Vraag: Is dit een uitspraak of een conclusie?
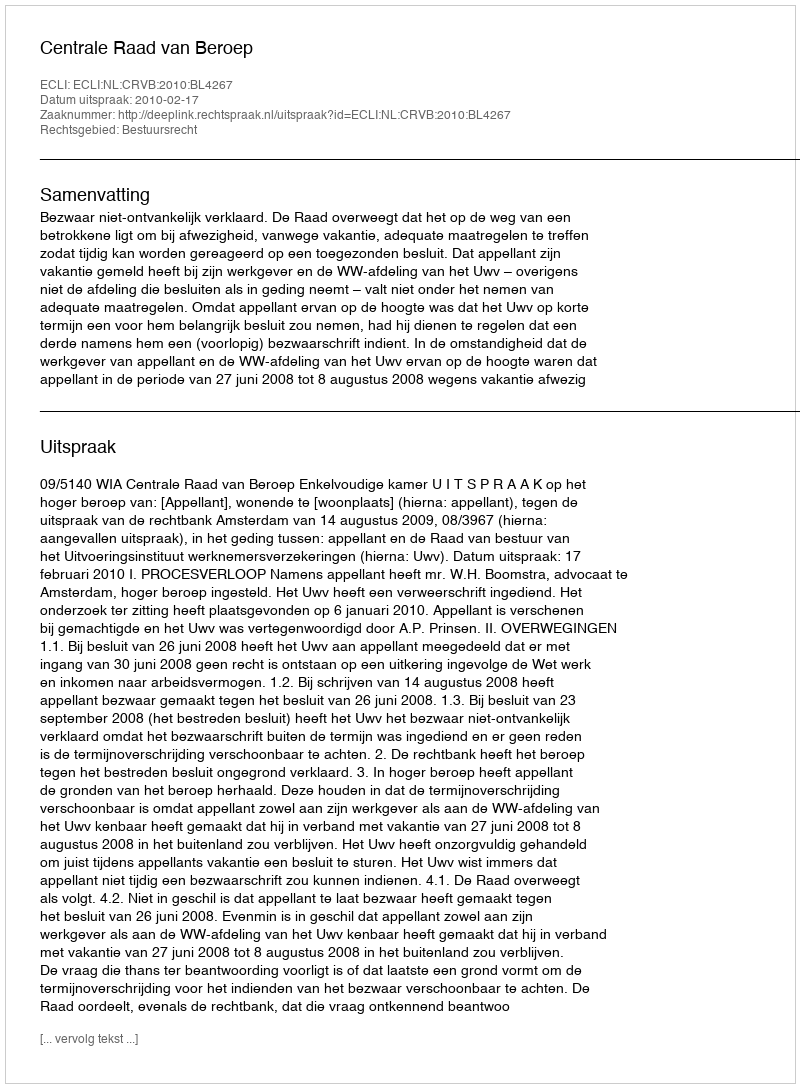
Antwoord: Uitspraak